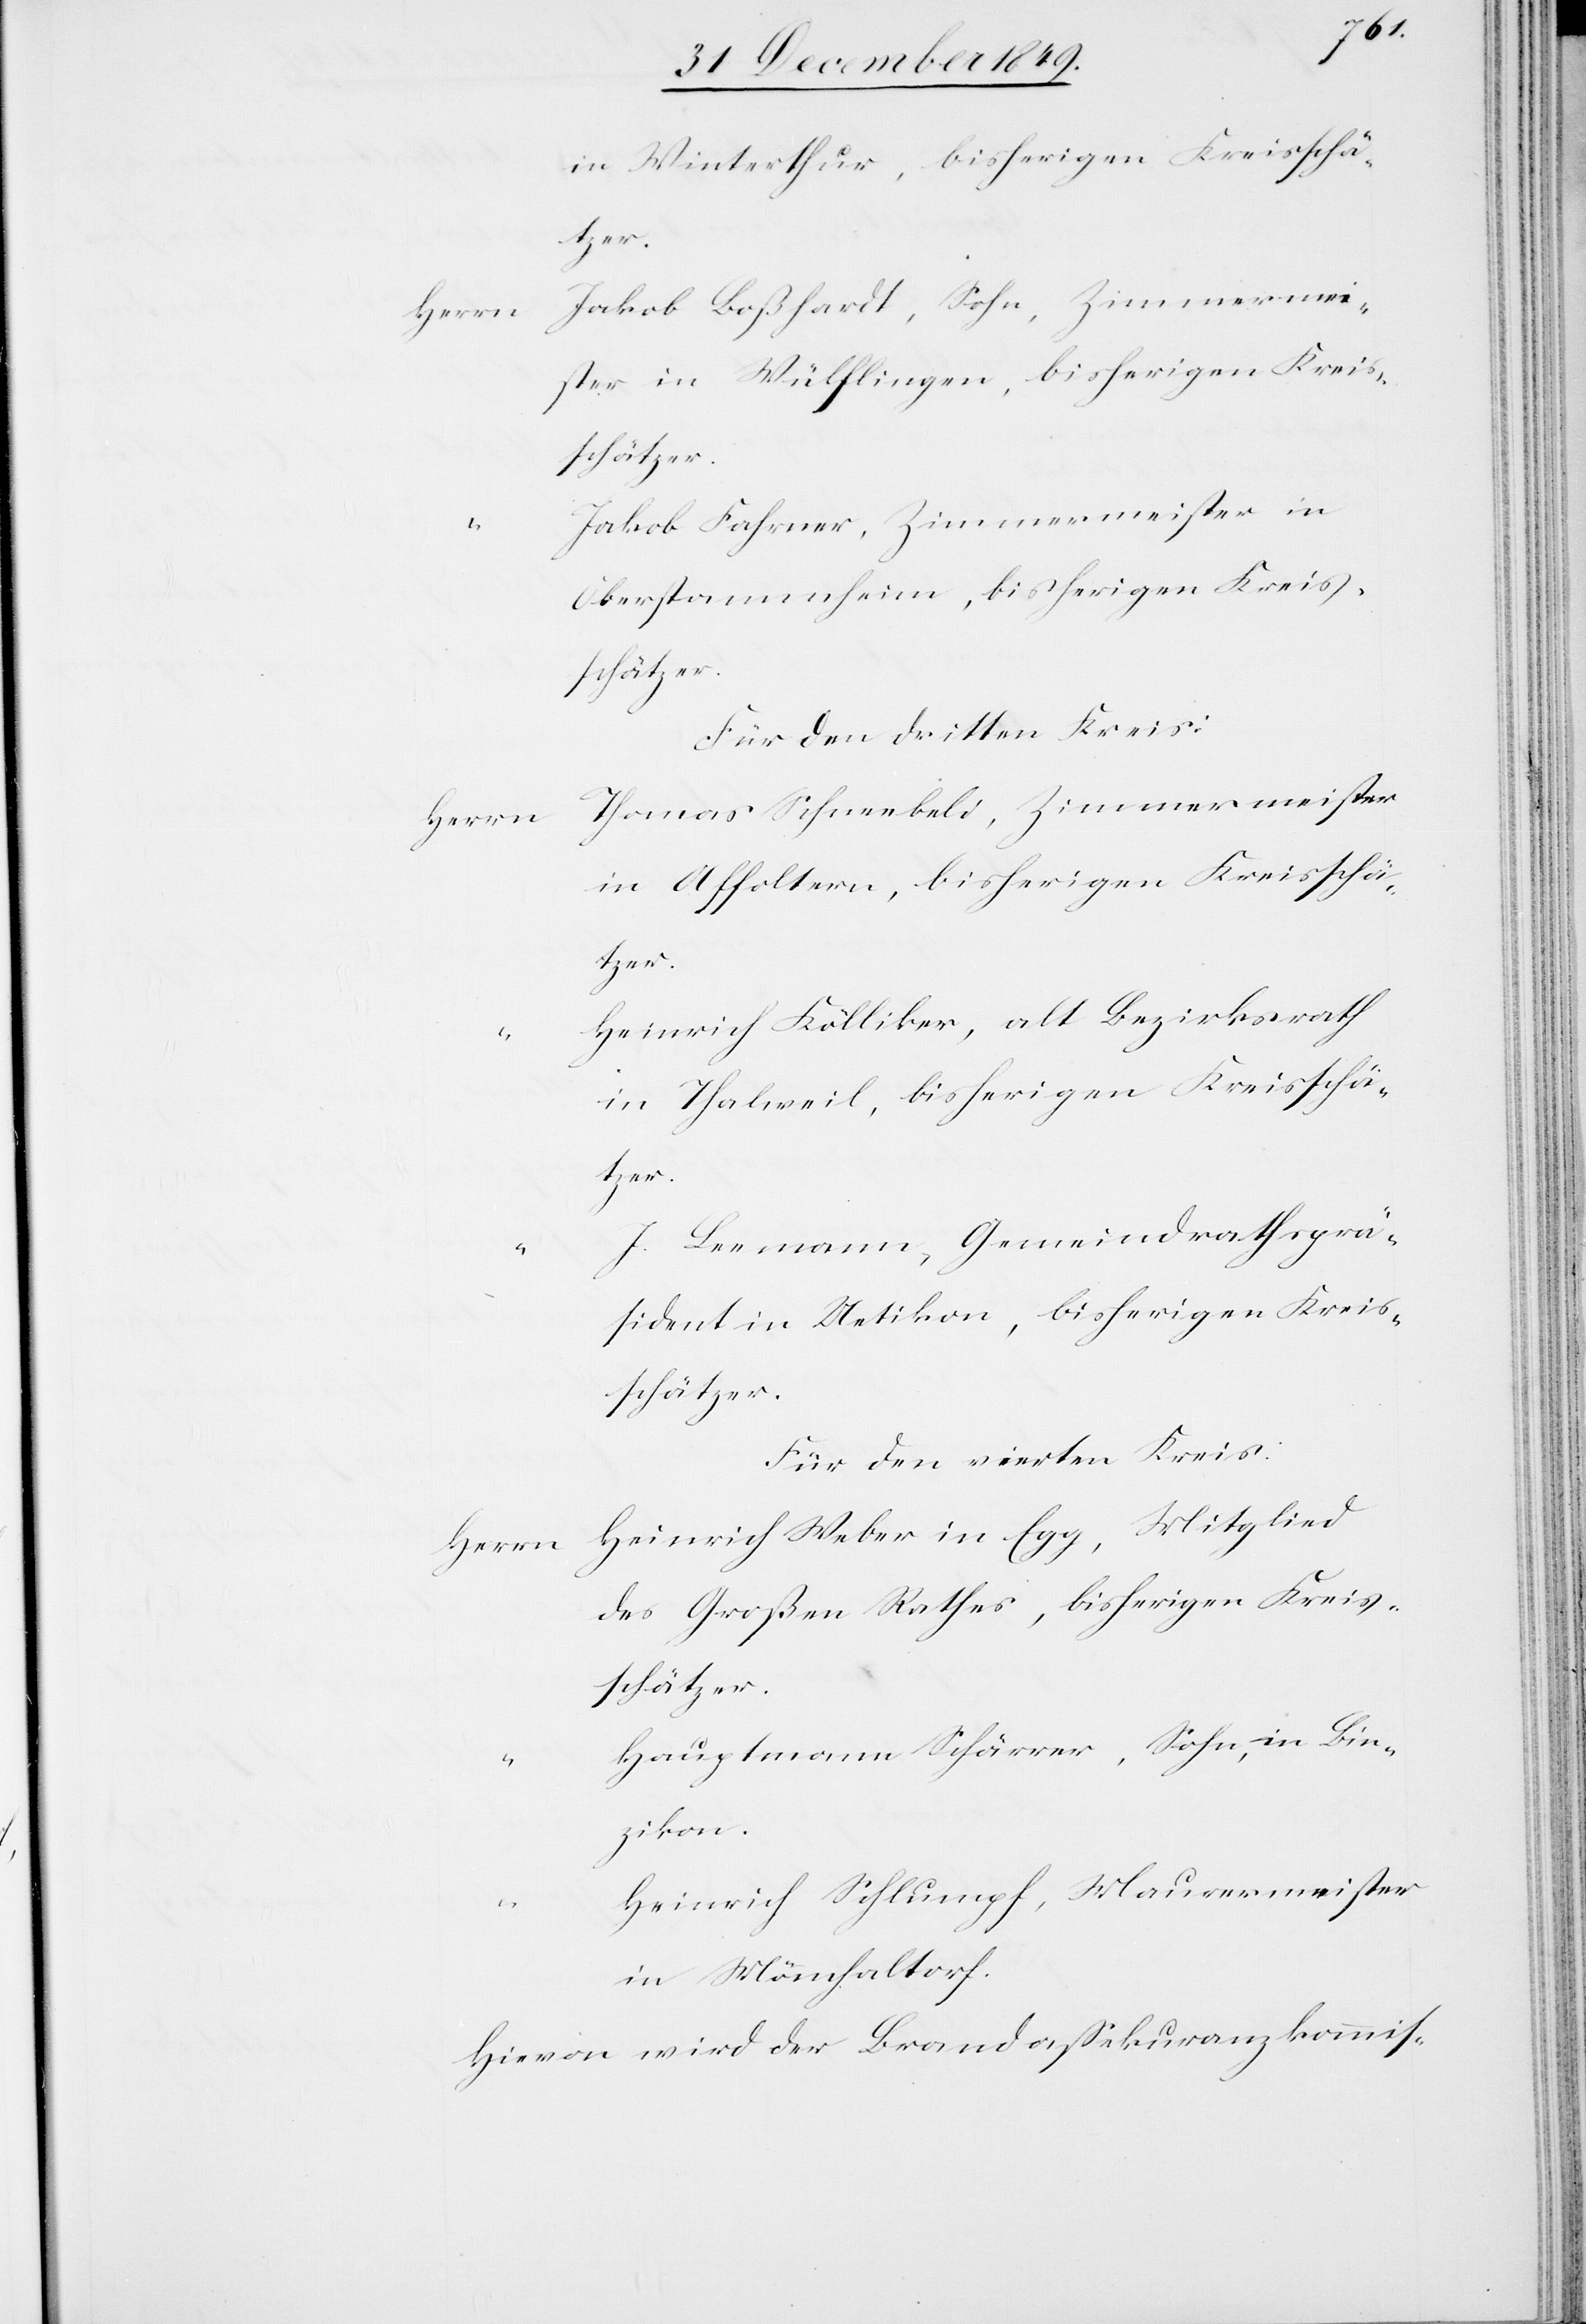
in Winterthur, bisherigen Kreisschä¬
Jakob Boßhardt, Sohn, Zimmermei¬
ster in Wülflingen, bisherigen Kreis¬
schätzer.
Jakob Fahrner, Zimmermeister in
Oberstammheim, bisherigen Kreis¬
schätzer.
Für den dritten Kreis:
Thomas Schneebeli, Zimmermeister
Herrn
in Affoltern, bisherigen Kreisschä¬
tzer.
Heinrich Kölliker, alt Bezirksrath
in Thalweil, bisherigen Kreisschä¬
tzer.
J. Leemann, Gemeindrathsprä¬
sident in Uetikon, bisherigen Kreis¬
schätzer.
Für den vierten Kreis:
Herrn Heinrich Weber in Egg, Mitglied
des Großen Rathes, bisherigen Kreis¬
schätzer.
Hauptmann Schärrer, Sohn, in Ben¬
zikon.
Heinrich Schlumpf, Maurermeister
in Mönchaltorf.
Hievon wird der Brandaßekuranzkommis-